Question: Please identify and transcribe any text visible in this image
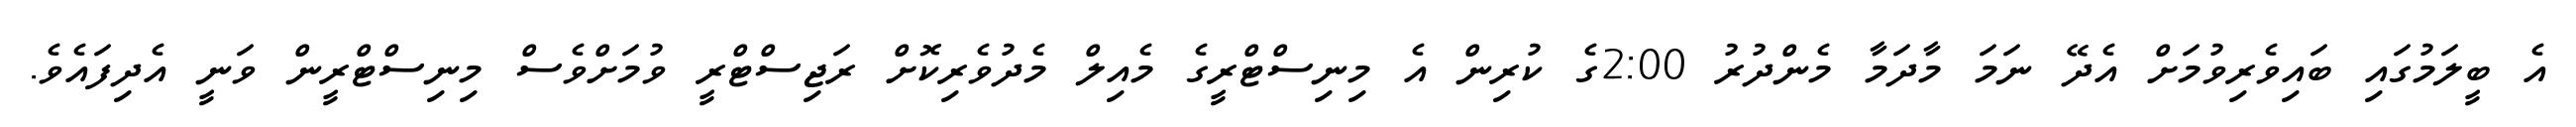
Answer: އެ ބީލަމުގައި ބައިވެރިވުމަށް އެދޭ ނަމަ މާދަމާ މެންދުރު 2:00ގެ ކުރިން އެ މިނިސްޓްރީގެ މެއިލް މެދުވެރިކޮށް ރަޖިސްޓްރީ ވުމަށްވެސް މިނިސްޓްރީން ވަނީ އެދިފައެވެ.